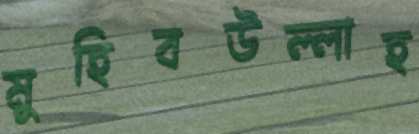
মুহিবউল্লাহ